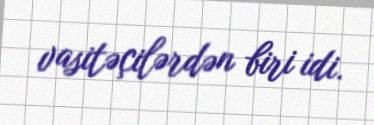
vasitəçilərdən biri idi.